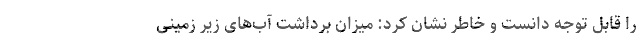
را قابل توجه دانست و خاطر نشان کرد: میزان برداشت آب‌های زیر زمینی